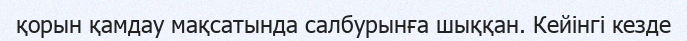
қорын қамдау мақсатында салбурынға шыққан. Кейінгі кезде